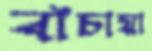
বাঁচায়া